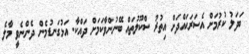
ބަދަލު ކުރުމަށް އެސަރަޙައްދަށް އިތުރު ސްކޫލުތައް ބޭނުންވާކަމަށް ދައްކާ. އަޅުގަނޑުމެން ދެންނެވީ މާލެ